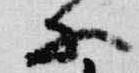
等